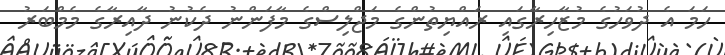
ހަމަ އެ ދުވަހުގެ މުޒާހިރާގައި ރައްޔިތުންގެ މަޖްލިސްގެ މާފަންނު ދެކުނު ދާއިރާގެ މެމްބަރު